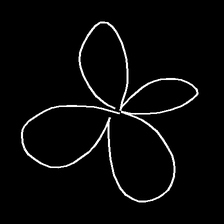
Glyph: billowing